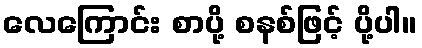
လေကြောင်း စာပို့ စနစ်ဖြင့် ပို့ပါ။